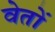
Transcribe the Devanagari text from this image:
वेतों